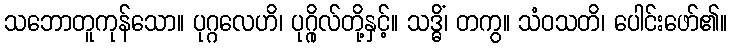
သဘောတူကုန်သော။ ပုဂ္ဂလေဟိ၊ ပုဂ္ဂိုလ်တို့နှင့်။ သဒ္ဓိံ၊ တကွ။ သံဝသတိ၊ ပေါင်းဖော်၏။